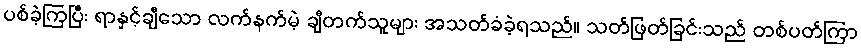
ပစ်ခဲ့ကြပြီး ရာနှင့်ချီသော လက်နက်မဲ့ ချီတက်သူများ အသတ်ခံခဲ့ရသည်။ သတ်ဖြတ်ခြင်းသည် တစ်ပတ်ကြာ